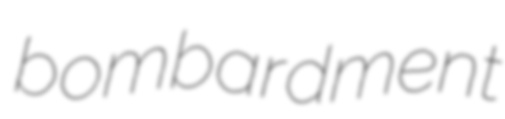
bombardment